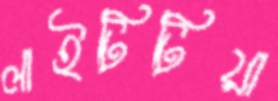
লাইটিটিয়া